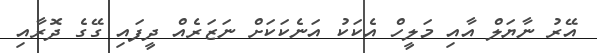
އޭރު ނާޔަލް އާއި މަލީހް އެކަކު އަނެކަކަށް ނަޒަރެއް ދީފައި ގޭގެ ދޮރާއި